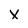
Character: X